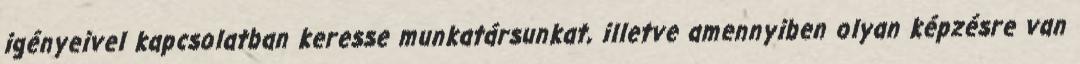
igényeivel kapcsolatban keresse munkatársunkat, illetve amennyiben olyan képzésre van